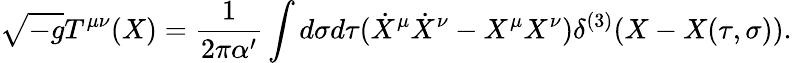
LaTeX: \sqrt{-g}T^{\mu\nu}(X)=\frac{1}{2\pi\alpha^{\prime}}\int d\sigma d\tau(\dot{X}^{\mu}\dot{X}^{\nu}-X^{\mu}X^{\nu})\delta^{(3)}(X-X(\tau,\sigma)).